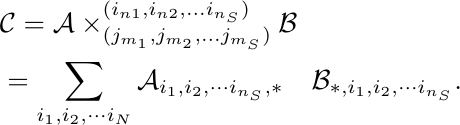
\begin{align}
     &\mathcal{C} = \mathcal{A} \times_{(j_{m_1}, j_{m_2}, \dots j_{m_S})}^{(i_{n1}, i_{n2}, \dots i_{n_S})} \mathcal{B}  \notag
\\&
    = \sum_{i_{1},i_{2},\cdots i_{N}} \mathcal{A}_{i_1,i_2,\cdots i_{n_S},*}\quad\mathcal{B}_{*,i_1,i_2,\cdots i_{n_S}}.\notag
\end{align}